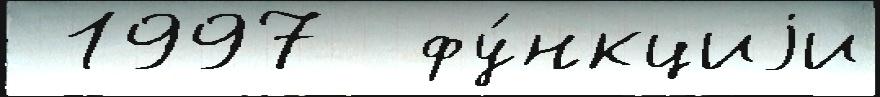
 1997  фу́нкциjи